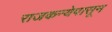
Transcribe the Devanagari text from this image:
राजकन्येपासून